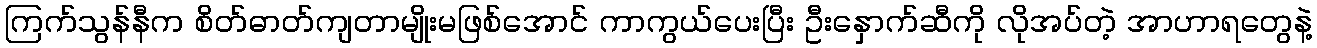
ကြက်သွန်နီက စိတ်ဓာတ်ကျတာမျိုးမဖြစ်အောင် ကာကွယ်ပေးပြီး ဦးနှောက်ဆီကို လိုအပ်တဲ့ အာဟာရတွေနဲ့